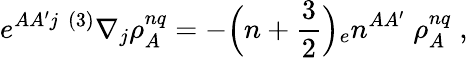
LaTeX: e^{AA^{\prime}j}\; {}^{(3)}\nabla_{j}\rho_{A}^{nq}=-\Bigr(n+{\frac{3}{2}}\Bigr){_{e}n^{AA^{\prime}}}\; \rho_{A}^{nq}\; ,